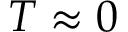
T \approx 0